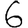
Digit: 6